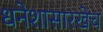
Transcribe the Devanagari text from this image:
धनेशासारखेच